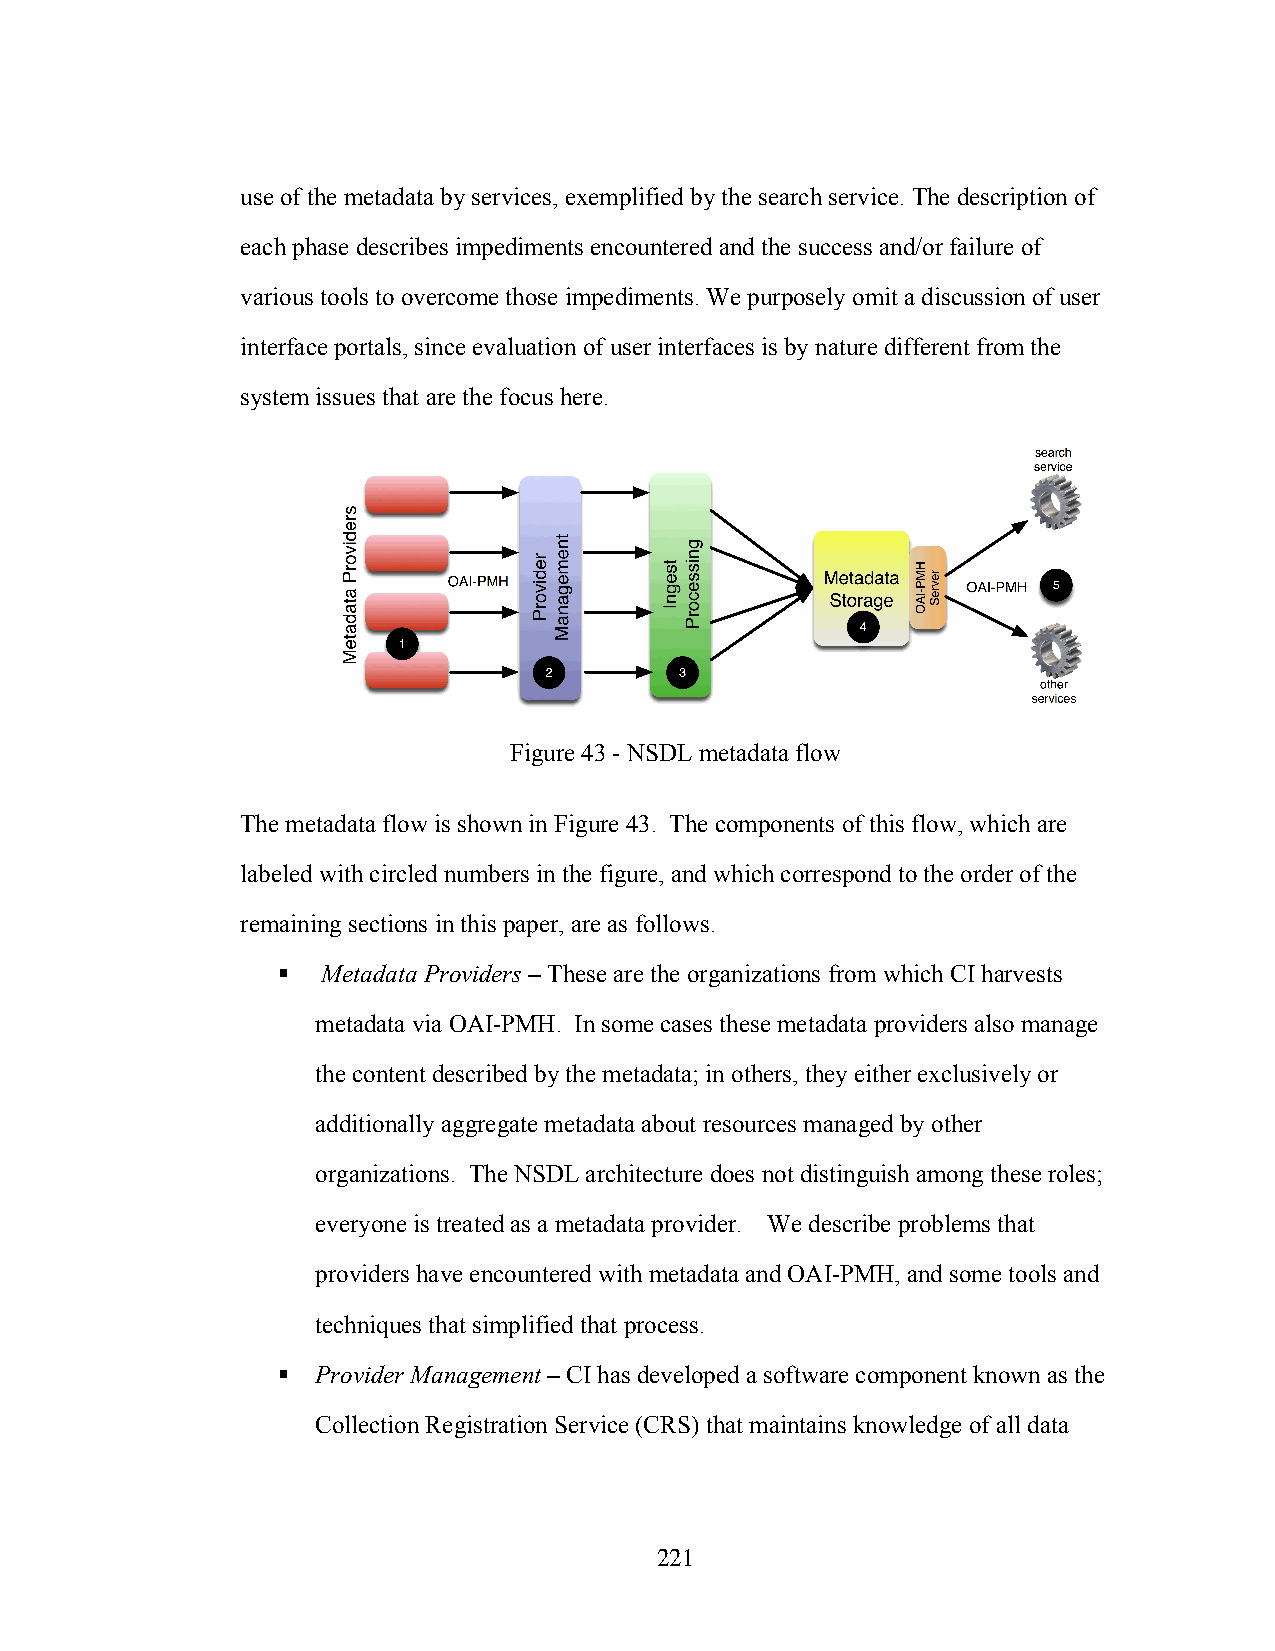
use of the metadata by services, exemplified by the search service. The description of
 each phase describes impediments encountered and the success and/or failure of
 various tools to overcome those impediments. We purposely omit a discussion of user
 interface portals, since evaluation of user interfaces is by nature different from the
 system issues that are the focus here.
 Figure 43 - NSDL metadata flow
 The metadata flow is shown in Figure 43. The components of this flow, which are
 labeled with circled numbers in the figure, and which correspond to the order of the
 remaining sections in this paper, are as follows.
   Metadata Providers – These are the organizations from which CI harvests
 metadata via OAI-PMH. In some cases these metadata providers also manage
 the content described by the metadata; in others, they either exclusively or
 additionally aggregate metadata about resources managed by other
 organizations. The NSDL architecture does not distinguish among these roles;
 everyone is treated as a metadata provider. We describe problems that
 providers have encountered with metadata and OAI-PMH, and some tools and
 techniques that simplified that process.
   Provider Management – CI has developed a software component known as the
 Collection Registration Service (CRS) that maintains knowledge of all data
 221